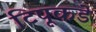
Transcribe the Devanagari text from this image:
टिपूकडे